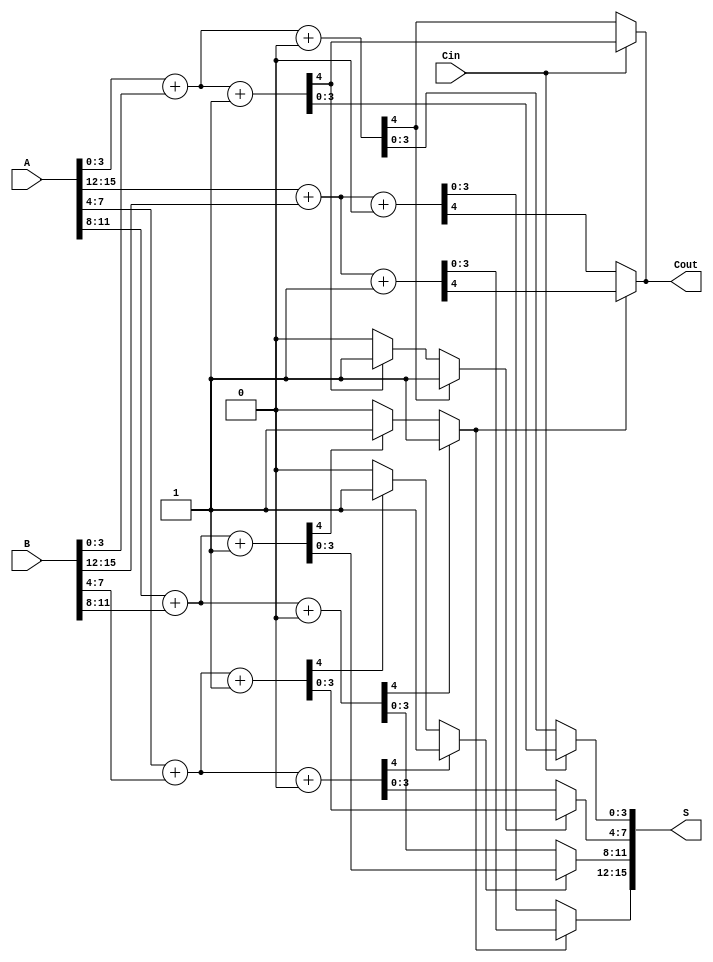
module CarrySelectAdder #(
    parameter N = 16,      // Bit width of the adder
    parameter K = 4        // Bit width of each segment
) (
    input  [N-1:0] A,     // First input operand
    input  [N-1:0] B,     // Second input operand
    input         Cin,     // Carry-in input
    output [N-1:0] S,      // Sum output
    output        Cout      // Carry-out output
);

    localparam NUM_SEGMENTS = N / K; // Number of segments

    // Intermediate signals for sum and carry
    wire [K-1:0] sum0 [0:NUM_SEGMENTS-1];  // Sum when Cin = 0
    wire [K-1:0] sum1 [0:NUM_SEGMENTS-1];  // Sum when Cin = 1
    wire        cout0 [0:NUM_SEGMENTS-1];  // Cout when Cin = 0
    wire        cout1 [0:NUM_SEGMENTS-1];  // Cout when Cin = 1
    wire        carry [0:NUM_SEGMENTS-1];   // Carry for multiplexer selection

    // Generate sums and carry outputs for each segment
    genvar i;
    generate
        for (i = 0; i < NUM_SEGMENTS; i = i + 1) begin : seg
            // Indices for slicing the inputs based on segment size
            wire [K-1:0] A_segment = A[i*K +: K];
            wire [K-1:0] B_segment = B[i*K +: K];

            // Compute sums and carry outputs for Cin = 0
            assign {cout0[i], sum0[i]} = A_segment + B_segment + 1'b0;

            // Compute sums and carry outputs for Cin = 1
            assign {cout1[i], sum1[i]} = A_segment + B_segment + 1'b1;

            // For the first segment, the carry is directly from Cin
            if (i == 0)
                assign carry[i] = Cin;
            else
                assign carry[i] = cout0[i-1] ? 1'b1 : (cout1[i-1] ? 1'b1 : 1'b0);
        end
    endgenerate

    // Output assignment based on carry propagation
    generate
        for (i = 0; i < NUM_SEGMENTS; i = i + 1) begin : output_seg
            if (i == 0) begin
                assign S[i*K +: K] = carry[i] ? sum1[i] : sum0[i];
                assign Cout = carry[i] ? cout1[i] : cout0[i];
            end else begin
                assign S[i*K +: K] = carry[i] ? sum1[i] : sum0[i];
                assign Cout = carry[NUM_SEGMENTS-1] ? cout1[NUM_SEGMENTS-1] : cout0[NUM_SEGMENTS-1];
            end
        end
    endgenerate

endmodule